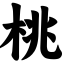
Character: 桃